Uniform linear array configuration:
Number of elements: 4
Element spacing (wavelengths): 1
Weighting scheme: kaiser
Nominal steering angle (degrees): -15
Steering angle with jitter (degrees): -15.925
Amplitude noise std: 0.05
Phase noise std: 0.05

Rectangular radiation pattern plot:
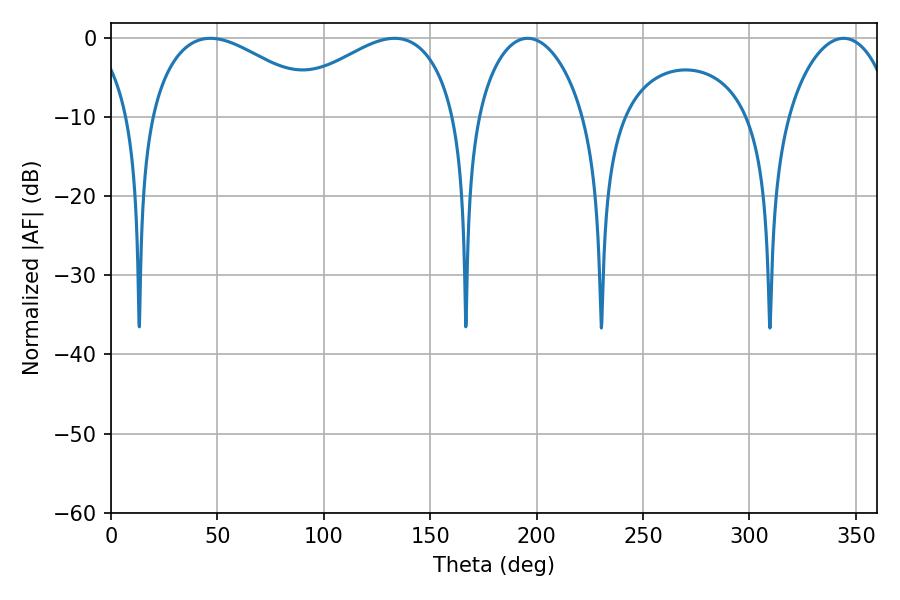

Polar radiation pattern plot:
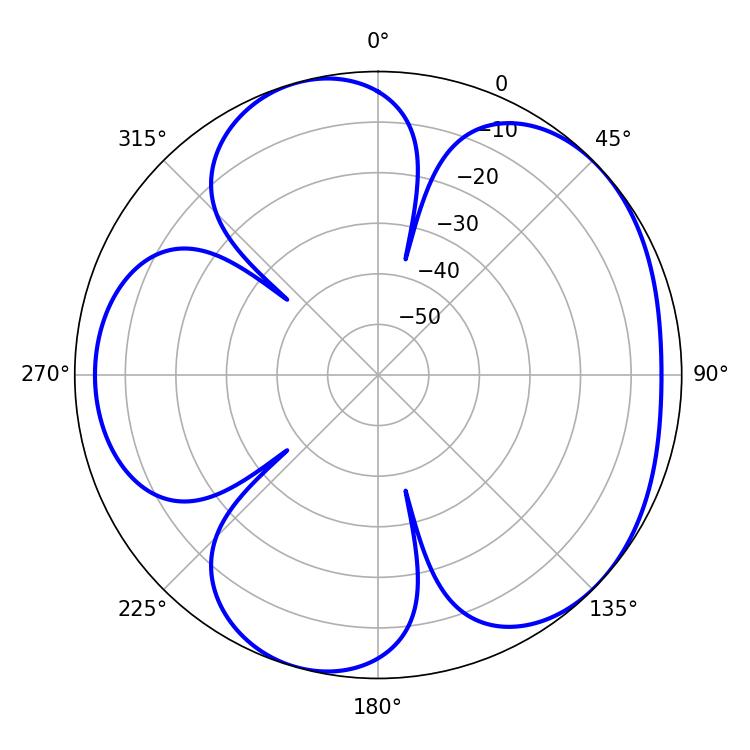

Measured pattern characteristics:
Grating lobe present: TRUE
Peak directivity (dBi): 4.846
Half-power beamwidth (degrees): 45.72
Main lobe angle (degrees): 46.8